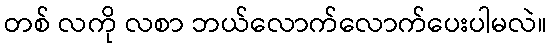
တစ် လကို လစာ ဘယ်လောက်လောက်ပေးပါမလဲ။